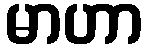
မာဟာ